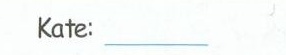
Kate:\underline